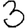
Digit: 3